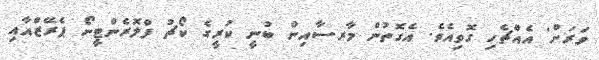
ވަރަށް' އެއްޗެހި ގޮވިއެވެ. އެގޮތުން މާރސާއިން ބުނީ ކުރީގެ ކޯޗު ފްލޮރެންޓީނޯ ޕެރޭޒްއާއި